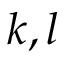
k , l